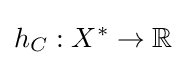
h_{C}:X^{*}\to \mathbb {R}